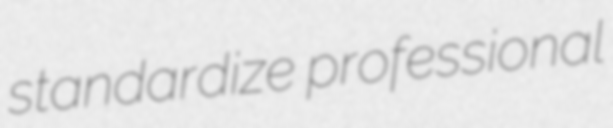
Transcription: standardize professional